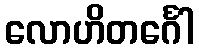
လောဟိတင်္ဂေါ